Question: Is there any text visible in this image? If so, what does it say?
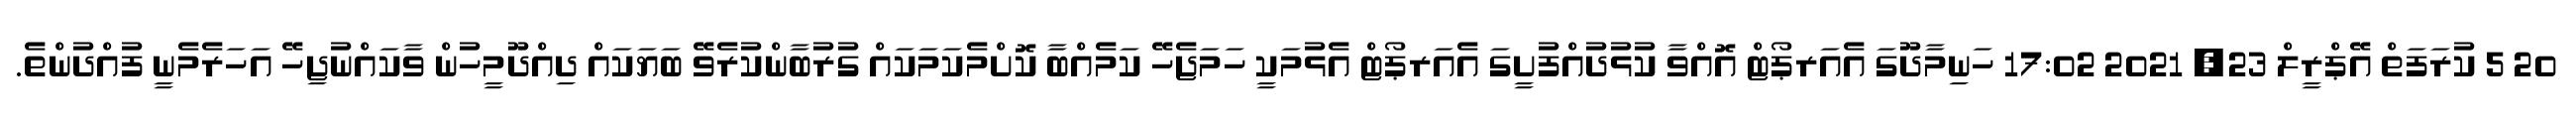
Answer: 20 5 ކުރަފަތް އޭޕްރީލް 23, 2021 17:02 ހަނިމާދޫގަ އެއަރޕޯޓް އޮއްވާ ކުޅުދުއްފުށީގަ އެއަރޕޯޓް އެޅުމަކީ ހަމަޖެހޭ ކަމެއްބާ ކޮށްމެކަމަކައް ގުރުބާންކުރެވޭ ބަޔަކައް ދިއްދޫމީހުން ވާކައްނުޖިހޭ އަހަރެމެނީ ފުއްދުންތެ.